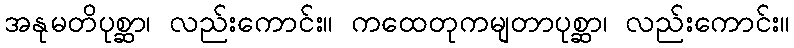
အနုမတိပုစ္ဆာ၊ လည်းကောင်း။ ကထေတုကမျတာပုစ္ဆာ၊ လည်းကောင်း။